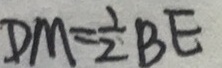
D M = \frac { 1 } { 2 } B E